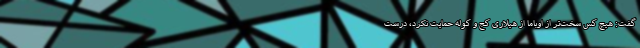
گفت: هیچ کس سخت‌تر از اوباما از هیلاری کج و کوله حمایت نکرد، درست